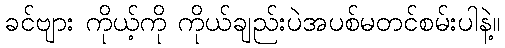
ခင်ဗျား ကိုယ့်ကို ကိုယ်ချည်းပဲအပစ်မတင်စမ်းပါနဲ့။